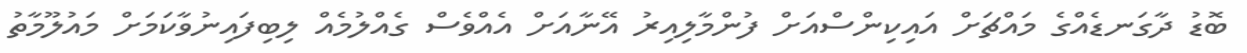
ބޮޑު ދާގަނޑެއްގެ މައްޗަށް އައިކިންސްއަށް ފުންމާލިއިރު އޭނާއަށް އެއްވެސް ގެއްލުމެއް ލިބިފައިނުވާކަމަށް މައުލޫމާތު